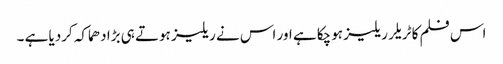
اس فلم کا ٹریلر ریلیز ہوچکا ہے اور اس نے ریلیز ہوتے ہی بڑا دھماکہ کردیا ہے ۔